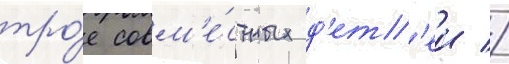
тро́е совм'е́стных д'ет'еи //